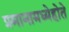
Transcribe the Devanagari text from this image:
प्रमानामध्येहोते